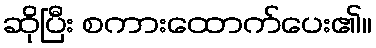
ဆိုပြီး စကားထောက်ပေး၏။